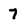
Character: 7